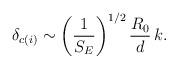
LaTeX: \begin{align*}\delta_{c(i)} \sim\left({1\over S_E}\right)^{1/2}{R_0\over d}\, k.\end{align*}